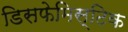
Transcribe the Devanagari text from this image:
डिसफेमिस्टिक